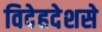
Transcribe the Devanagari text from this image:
विदेहदेशसे